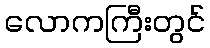
လောကကြီးတွင်